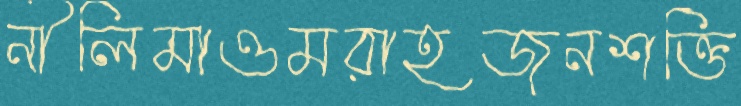
নীলিমাওমরাহজনশক্তি